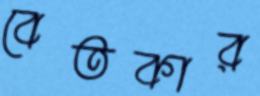
বেতকার